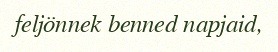
feljönnek benned napjaid,